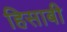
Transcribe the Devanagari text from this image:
हिसाबी